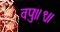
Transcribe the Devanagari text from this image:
वपुः॥९॥